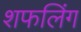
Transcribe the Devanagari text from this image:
शफलिंग